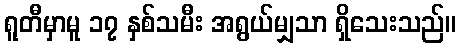
ရူတီမှာမူ ၁၇ နှစ်သမီး အရွယ်မျှသာ ရှိသေးသည်။